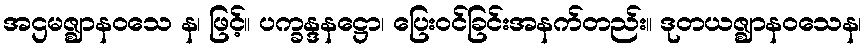
အဌမဇ္ဈာနဝသေ န၊ ဖြင့်။ ပက္ခန္ဒနဋ္ဌော၊ ပြေးဝင်ခြင်းအနက်တည်း။ ဒုတယဇ္ဈာနဝသေန၊